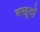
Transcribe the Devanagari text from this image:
बखूदों